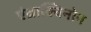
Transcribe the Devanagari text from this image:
एंथ्राक्विनोन